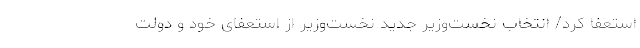
استعفا کرد/ انتخاب نخست‌وزیر جدید نخست‌وزیر از استعفای خود و دولت